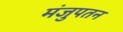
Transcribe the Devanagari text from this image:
मंजुपतन